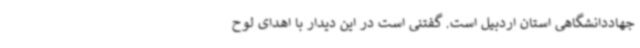
جهاددانشگاهی استان اردبیل است. گفتنی است در این دیدار با اهدای لوح